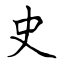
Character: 史